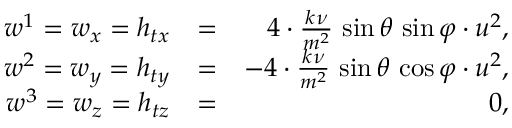
\begin{array} { r l r } { w ^ { 1 } = w _ { x } = h _ { t x } } & { = } & { 4 \cdot \frac { k \nu } { m ^ { 2 } } \, \sin \theta \, \sin \varphi \cdot u ^ { 2 } , } \\ { w ^ { 2 } = w _ { y } = h _ { t y } } & { = } & { - 4 \cdot \frac { k \nu } { m ^ { 2 } } \, \sin \theta \, \cos \varphi \cdot u ^ { 2 } , } \\ { w ^ { 3 } = w _ { z } = h _ { t z } } & { = } & { 0 , } \end{array}